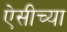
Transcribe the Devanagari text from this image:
ऐसीच्या